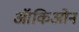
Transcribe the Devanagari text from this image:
ऑकिओन